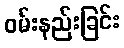
ဝမ်းနည်းခြင်း